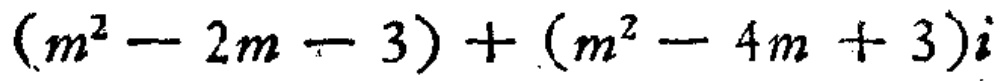
\((m^{2}-2m - 3)+(m^{2}-4m + 3)i\)